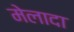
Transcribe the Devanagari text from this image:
मेलादा